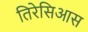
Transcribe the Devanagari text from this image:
तिरेसिआस